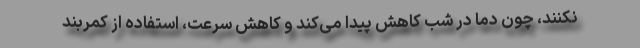
نکنند، چون دما در شب کاهش پیدا می‌کند و کاهش سرعت، استفاده از کمربند